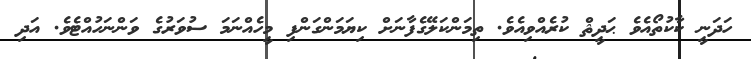
ހަދަނީ ކާކުތޯއެވެ ޙަދީޘް ކުރެއްވިއެވެ. ތިމަންކަލޭގެފާނަށް ކިޔަމަންގަންފި މީހެއްނަމަ ސުވަރުގެ ވަންނަހުއްޓެވެ. އަދި